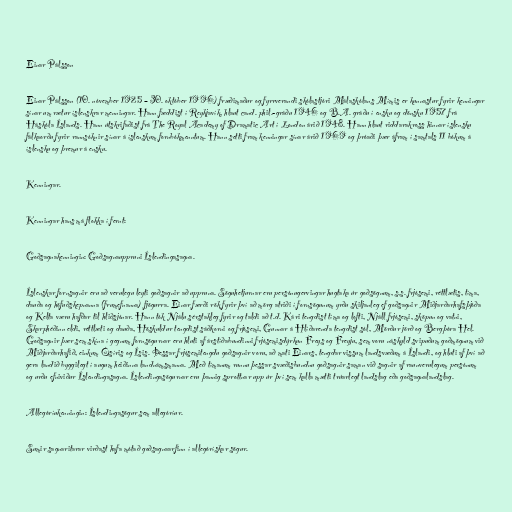
Einar Pálsson

Einar Pálsson (10. nóvember 1925 – 30. október 1996) fræðimaður og fyrrverandi skólastjóri Málaskólans Mímis er kunnastur fyrir kenningar
sínar um rætur íslenskrar menningar. Hann fæddist í Reykjavík, hlaut cand. phil.-gráðu 1946 og B.A. gráðu í ensku og dönsku 1957 frá
Háskóla Íslands. Hann útskrifaðist frá The Royal Academy of Dramatic Art í London árið 1948. Hann hlaut riddarakross hinnar íslensku
fálkaorðu fyrir rannsóknir sínar á íslenskum fornbókmenntum. Hann setti fram kenningar sínar árið 1969 og þróaði þær áfram í samtals 11 bókum á
íslensku og þremur á ensku.

Kenningar.

Kenningar hans má flokka í fernt:

Goðsagnakenningin: Goðsagnauppruni Íslendingasagna.

Íslenskar fornsagnir eru að verulegu leyti goðsagnir að uppruna. Söguhetjurnar eru persónugervingar hugtaka úr goðsögnum, s.s. frjósemi, réttlætis, tíma,
dauða og höfuðskepnanna (frumefnanna) fjögurra. Einar færði rök fyrir því að mörg atriði í fornsögunum yrðu skiljanleg ef goðsagnir Miðjarðarhafsþjóða
og Kelta væru hafðar til hliðsjónar. Hann tók Njálu sérstakleg fyrir og taldi að t.d. Kári tengdist tíma og lofti, Njáll frjósemi, sköpun og vatni,
Skarphéðinn eldi, réttlæti og dauða, Höskuldur tengdist sáðkorni og frjósemi, Gunnar á Hlíðarenda tengdist sól, Mörður jörð og Bergþóra Hel.
Goðsagnir þær sem skína í gegnum fornsögurnar eru hluti af árstíðabundinni frjósemisdýrkun Freys og Freyju, sem voru náskyld svipuðum goðmögnum við
Miðjarðarhafið, einkum Ósíris og Ísis. Þessar frjósemitengdu goðsagnir voru, að mati Einars, tengdar vissum landsvæðum á Íslandi, og hluti af því að
gera landið byggilegt í augum heiðinna landnámsmanna. Með tímanum runnu þessar svæðisbundnu goðsagnir saman við sagnir af raunverulegum persónum
og urðu efniviður Íslendingasagna. Íslendingasögurnar eru þannig sprottnar upp úr því sem kalla mætti trúarlegt landslag eða goðsagnalandslag.

Allegóríukenningin: Íslendingasögur sem allegóríur.

Sumir sagnaritarar virðast hafa mótað goðsagnaarfinn í allegórískar sögur.